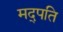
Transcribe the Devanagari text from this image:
मद्पति